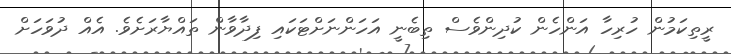
ރީތިކަމުން ހުރިހާ އަންހެން ކުދިންވެސް ތިބެނީ އަހަންނަށްޓަކައި ފިދާވާން ތައްޔާރަށެވެ. އެއް ދުވަހަށް